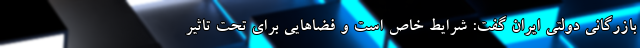
بازرگانی دولتی ایران گفت: شرایط خاص است و فضاهایی برای تحت تاثیر